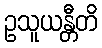
ဥသူယန္တီတိ